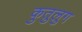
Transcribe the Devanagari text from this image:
कुतुलुग